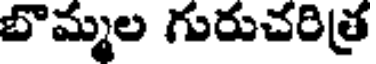
బొమ్మల గురుచరిత్ర